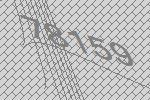
78159